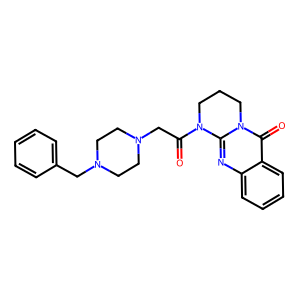
SMILES: O=C(CN1CCN(Cc2ccccc2)CC1)N1CCCn2c1nc1ccccc1c2=O
Inhibits HIV replication: No